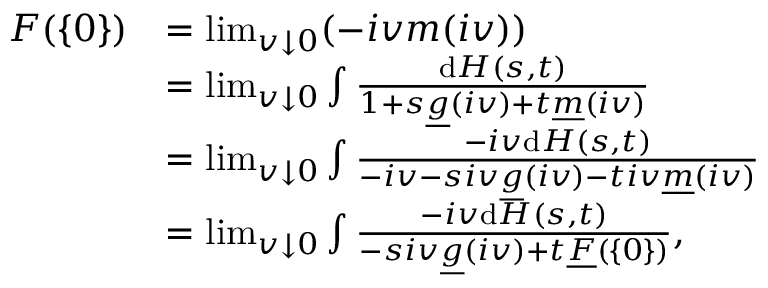
\begin{array} { r l } { F ( \{ 0 \} ) } & { = \operatorname* { l i m } _ { v \downarrow 0 } ( - i v m ( i v ) ) } \\ & { = \operatorname* { l i m } _ { v \downarrow 0 } \int \frac { \mathrm { d } H ( s , t ) } { 1 + s \underline { { g } } ( i v ) + t \underline { { m } } ( i v ) } } \\ & { = \operatorname* { l i m } _ { v \downarrow 0 } \int \frac { - i v \mathrm { d } H ( s , t ) } { - i v - s i v \underline { { g } } ( i v ) - t i v \underline { { m } } ( i v ) } } \\ & { = \operatorname* { l i m } _ { v \downarrow 0 } \int \frac { - i v \mathrm { d } H ( s , t ) } { - s i v \underline { { g } } ( i v ) + t \underline { { F } } ( \{ 0 \} ) } , } \end{array}